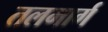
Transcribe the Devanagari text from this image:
तलमार्ग